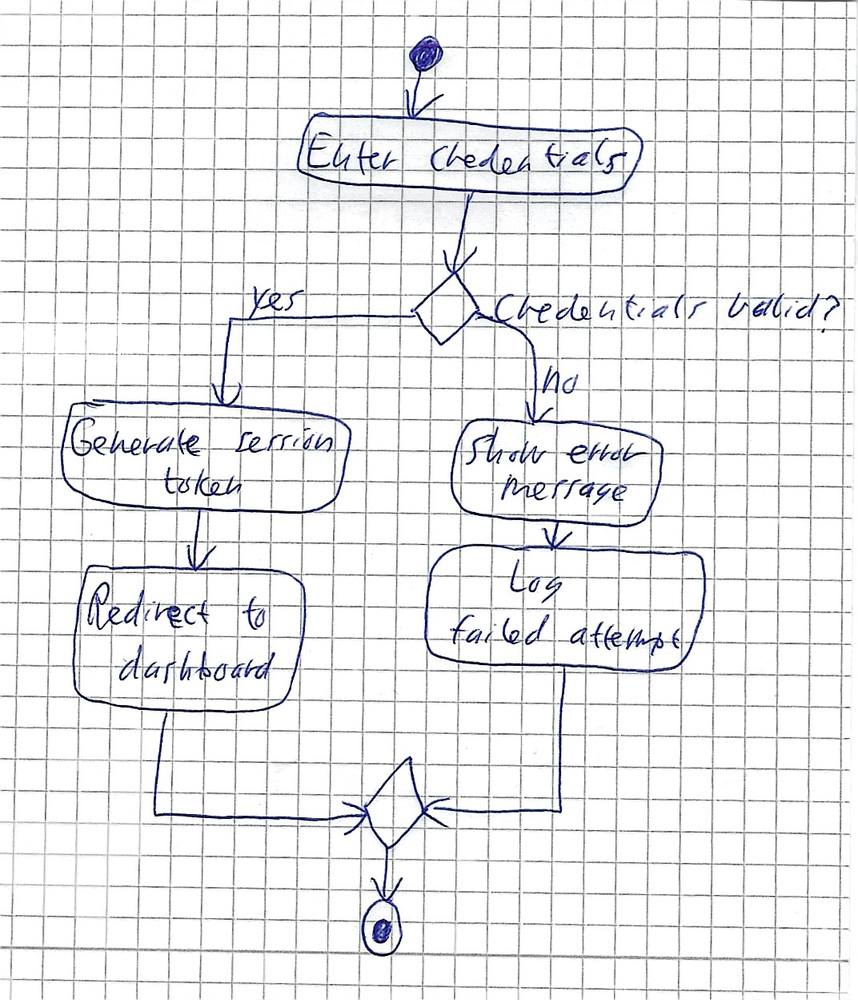
Diagram type: activity_diagram
```plantuml
@startuml

start

:Enter credentials;

if (Credentials valid?) then (yes)
  :Generate session token;
  :Redirect to Dashboard;
else (no)
  :Show error message;
  :Log failed attempt;
endif

stop

@enduml
```